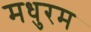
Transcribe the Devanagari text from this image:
मधुरम